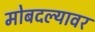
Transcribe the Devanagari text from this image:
मोबदल्यावर